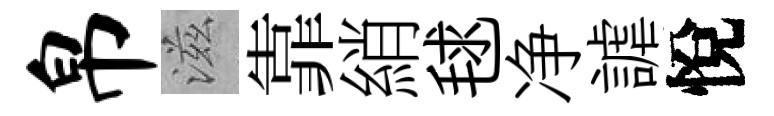
帛滋靠綃毬净謔悅